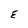
Character: E